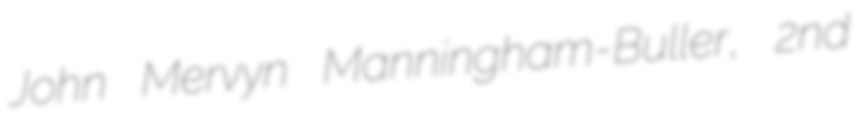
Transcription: John Mervyn Manningham-Buller, 2nd